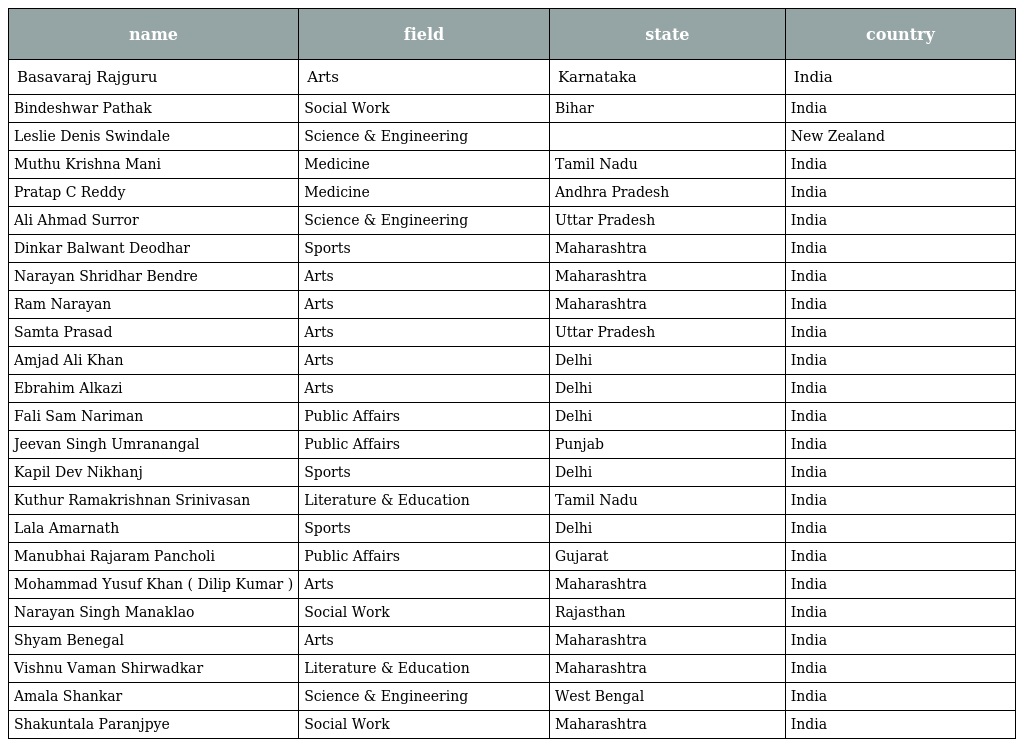
| name | field | state | country |
 | --- | --- | --- | --- |
 | Basavaraj Rajguru | Arts | Karnataka | India |
 | Bindeshwar Pathak | Social Work | Bihar | India |
 | Leslie Denis Swindale | Science & Engineering |  | New Zealand |
 | Muthu Krishna Mani | Medicine | Tamil Nadu | India |
 | Pratap C Reddy | Medicine | Andhra Pradesh | India |
 | Ali Ahmad Surror | Science & Engineering | Uttar Pradesh | India |
 | Dinkar Balwant Deodhar | Sports | Maharashtra | India |
 | Narayan Shridhar Bendre | Arts | Maharashtra | India |
 | Ram Narayan | Arts | Maharashtra | India |
 | Samta Prasad | Arts | Uttar Pradesh | India |
 | Amjad Ali Khan | Arts | Delhi | India |
 | Ebrahim Alkazi | Arts | Delhi | India |
 | Fali Sam Nariman | Public Affairs | Delhi | India |
 | Jeevan Singh Umranangal | Public Affairs | Punjab | India |
 | Kapil Dev Nikhanj | Sports | Delhi | India |
 | Kuthur Ramakrishnan Srinivasan | Literature & Education | Tamil Nadu | India |
 | Lala Amarnath | Sports | Delhi | India |
 | Manubhai Rajaram Pancholi | Public Affairs | Gujarat | India |
 | Mohammad Yusuf Khan ( Dilip Kumar ) | Arts | Maharashtra | India |
 | Narayan Singh Manaklao | Social Work | Rajasthan | India |
 | Shyam Benegal | Arts | Maharashtra | India |
 | Vishnu Vaman Shirwadkar | Literature & Education | Maharashtra | India |
 | Amala Shankar | Science & Engineering | West Bengal | India |
 | Shakuntala Paranjpye | Social Work | Maharashtra | India |